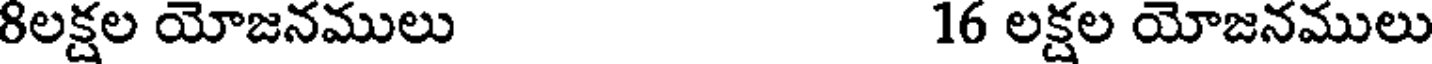
8లక్షల యోజనములు 16 లక్షల యోజనములు